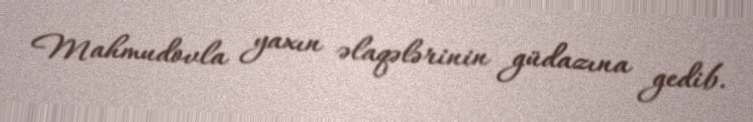
Mahmudovla yaxın əlaqələrinin güdazına gedib.